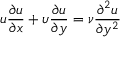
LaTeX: u { \frac { \partial u } { \partial x } } + \upsilon { \frac { \partial u } { \partial y } } = { \nu } { \frac { \partial ^ { 2 } u } { \partial y ^ { 2 } } }